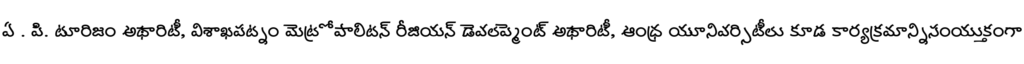
ఏ . పి. టూరిజం అథారిటీ, విశాఖపట్నం మెట్రోపాలిటన్ రీజియన్ డెవలప్మెంట్ అథారిటీ, ఆంధ్ర యూనివర్సిటీలు కూడ కార్యక్రమాన్నిసంయుక్తంగా